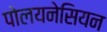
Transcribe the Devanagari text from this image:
पोलयनेसियन